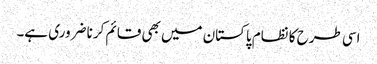
اسی طرح کا نظام پاکستان میں بھی قائم کرنا ضروری ہے۔